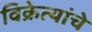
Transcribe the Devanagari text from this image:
विक्रेत्यांचे